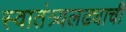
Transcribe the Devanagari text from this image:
स्वातंत्र्यलढ्याची